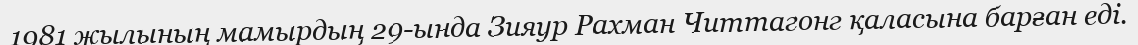
1981 жылының мамырдың 29-ында Зияур Рахман Читтагонг қаласына барған еді.